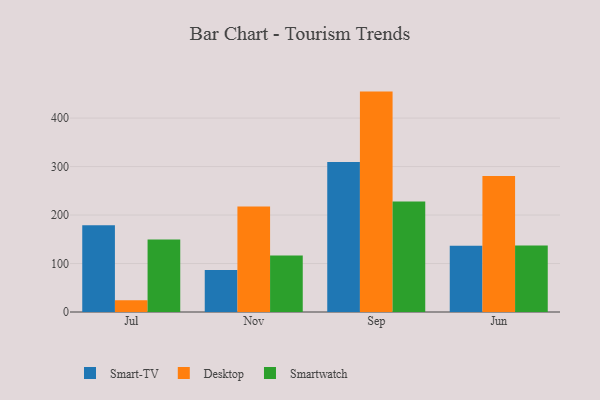
{"axis": {"x": "Month", "y": "Waste Production (Tons)"}, "legend": ["Desktop", "Smart-TV", "Smartwatch"], "data": [{"x": "Jul", "y": 178.8, "type": "Smart-TV"}, {"x": "Jul", "y": 24.2, "type": "Desktop"}, {"x": "Jul", "y": 149.7, "type": "Smartwatch"}, {"x": "Nov", "y": 86.7, "type": "Smart-TV"}, {"x": "Nov", "y": 217.7, "type": "Desktop"}, {"x": "Nov", "y": 116.4, "type": "Smartwatch"}, {"x": "Sep", "y": 309.4, "type": "Smart-TV"}, {"x": "Sep", "y": 454.6, "type": "Desktop"}, {"x": "Sep", "y": 228.1, "type": "Smartwatch"}, {"x": "Jun", "y": 136.6, "type": "Smart-TV"}, {"x": "Jun", "y": 280.4, "type": "Desktop"}, {"x": "Jun", "y": 137.0, "type": "Smartwatch"}]}